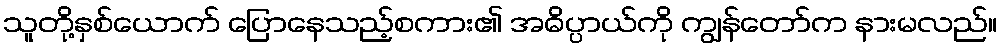
သူတို့နှစ်ယောက် ပြောနေသည့်စကား၏ အဓိပ္ပာယ်ကို ကျွန်တော်က နားမလည်။